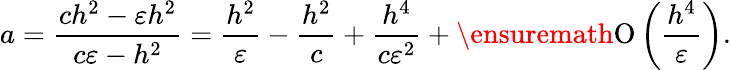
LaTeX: a=\frac{ch^{2}-\varepsilon h^{2}}{c\varepsilon-h^{2}}=\frac{h^{2}}{\varepsilon}-\frac{h^{2}}{c}+\frac{h^{4}}{c\varepsilon^{2}}+\ensuremath{\operatorname{O}\left(\frac{h^{4}}{\varepsilon}\right)}.